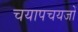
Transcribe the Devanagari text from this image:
चयापचयजों